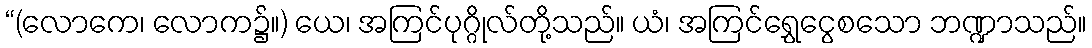
“(လောကေ၊ လောက၌။) ယေ၊ အကြင်ပုဂ္ဂိုလ်တို့သည်။ ယံ၊ အကြင်ရွှေငွေစသော ဘဏ္ဍာသည်။